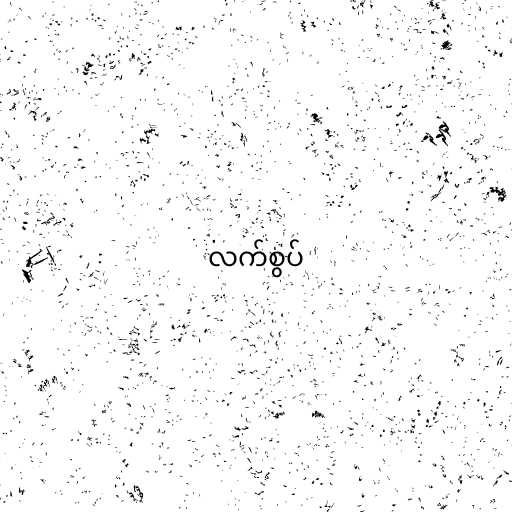
လက်စွပ်